Annual administration report of the Civil Veterinary Department of India - 1896-1897
Year: 1896
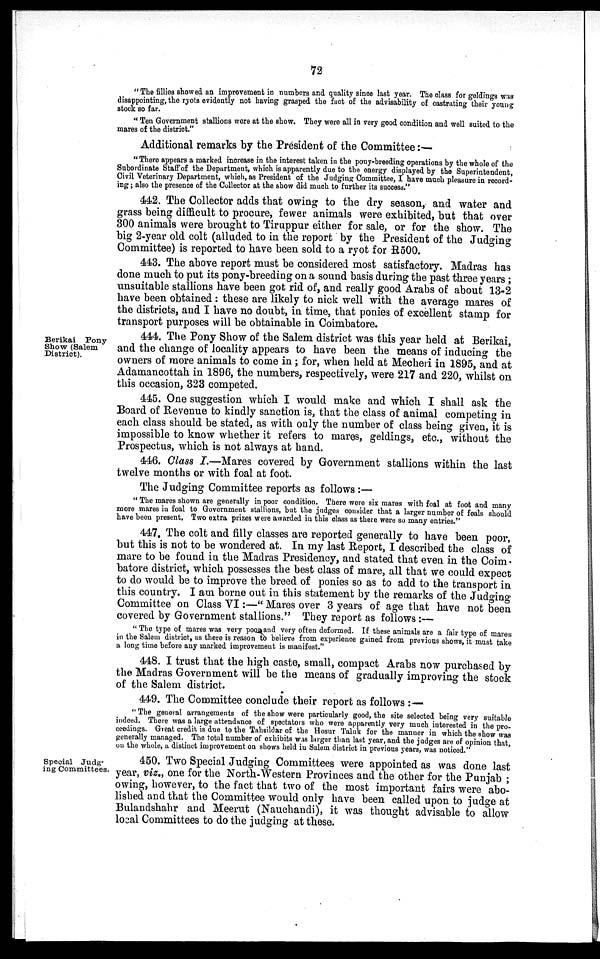
72
"The fillies showed an improvement in numbers and quality since last year. The class for geldings was
disappointing, the ryots evidently not having grasped the fact of the advisability of castrating their young
stock so far.
"Ten Government stallions wore at the show. They were all in very good condition and well suited to the
mares of the district."
Additional remarks by the President of the Committee:—
"There appears a marked increase in the interest taken in the pony-breeding operations by the whole of the
Subordinate Staff of the Department, which is apparently due to the energy displayed by the Superintendent,
Civil Veterinary Department, which, as President of the Judging Committee, I have much pleasure in record-
ing ; also the presence of the Collector at the show did much to further its success."
442. The Collector adds that owing to the dry season, and water and
grass being difficult to procure, fewer animals were exhibited, but that over
300 animals were brought to Tiruppur either for sale, or for the show. The
big 2-year old colt (alluded to in the report by the President of the Judging
Committee) is reported to have been sold to a ryot for R500.
443. The above report must be considered most satisfactory. Madras has
done much to put its pony-breeding on a sound basis during the past three years;
unsuitable stallions have been got rid of, and really good Arabs of about 13-2
have been obtained: these are likely to nick well with the average mares of
the districts, and I have no doubt, in time, that ponies of excellent stamp for
transport purposes will be obtainable in Coimbatore.
Berikai Pony
Show (Salem
District).
444. The Pony Show of the Salem district was this year held at Berikai,
and the change of locality appears to have been the means of inducing the
owners of more animals to come in; for, when held at Mecheri in 1895, and at
Adamancottah in 1896, the numbers, respectively, were 217 and 220, whilst on
this occasion, 323 competed.
445. One suggestion which I would make and which I shall ask the
Board of Revenue to kindly sanction is, that the class of animal competing in
each class should be stated, as with only the number of class being given, it is
impossible to know whether it refers to mares, geldings, etc., without the
Prospectus, which is not always at hand.
446. Class I.—Mares covered by Government stallions within the last
twelve months or with foal at foot.
The Judging Committee reports as follows:—
"The mares shown are generally in poor condition. There were six mares with foal at foot and many
more mares in foal to Government stallions, but the judges consider that a larger number of foals should
have been present, Two extra prizes were awarded in this class as there were so many entries."
447. The colt and filly classes are reported generally to have been poor,
but this is not to be wondered at. In my last Report, I described the class of
mare to be found in the Madras Presidency, and stated that even in the Coim-
batore district, which possesses the best class of mare, all that we could expect
to do would be to improve the breed of ponies so as to add to the transport in
this country. I am borne out in this statement by the remarks of the Judging
Committee on Class VI:—" Mares over 3 years of age that have not been
covered by Government stallions." They report as follows:—
"The type of mares was very poor and very often deformed. If these animals are a fair type of mares
in the Salem district, as there is reason to believe from experience gained from previous shows, it must take
a long time before any marked improvement is manifest."
448. I trust that the high caste, small, compact Arabs now purchased by
the Madras Government will be the means of gradually improving the stock
of the Salem district.
449. The Committee conclude their report as follows:—
"The general arrangements of the show were particularly good, the site selected being very suitable
indeed. There was a large attendance of spectators who were apparently very much interested in the pro-
ceedings. Great credit, is due to the Tahsildar of the Hosur Taluk for the manner in which the show was
generally managed. The total number of exhibits was larger than last year, and the judges are of opinion that,
on the whole, a distinct improvement on shows held in Salem district in previous years, was noticed."
Special Judg-
ing Committees.
450. Two Special Judging Committees were appointed as was done last
year, viz., one for the North-Western Provinces and the other for the Punjab;
owing, however, to the fact that two of the most important fairs were abo-
lished and that the Committee would only have been called upon to judge at
Bulandshahr and Meerut (Nauchandi), it was thought advisable to allow
local Committees to do the judging at these.